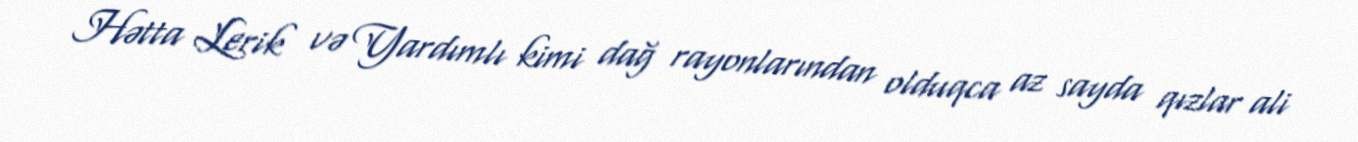
Hətta Lerik və Yardımlı kimi dağ rayonlarından olduqca az sayda qızlar ali